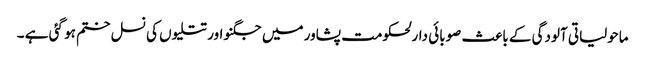
ماحولیاتی آلودگی کے باعث صوبائی دارلحکومت پشاور میں جگنو اور تتلیوں کی نسل ختم ہو گئی ہے ۔